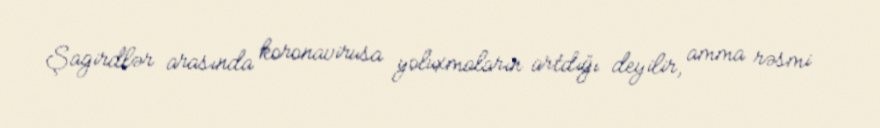
Şagirdlər arasında koronavirusa yoluxmaların artdığı deyilir, amma rəsmi